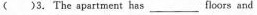
( )3.The apartment has_____floors and